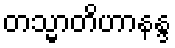
တသ္မာတိဟာနန္ဒ